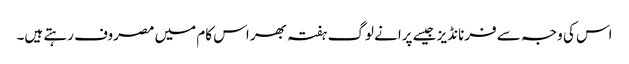
اس کی وجہ سے فرنانڈیز جیسے پرانے لوگ ہفتہ بھر اس کام میں مصروف رہتے ہیں۔